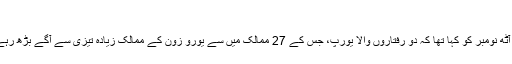
‘‘
فرانسيسی صدر سارکوزی نے منگل آٹھ نومبر کو کہا تھا کہ دو رفتاروں والا يورپ، جس کے 27 ممالک ميں سے يورو زون کے ممالک زيادہ تيزی سے آگے بڑھ رہے ہوں گے، مستقبل کا واحد ماڈل ہے۔